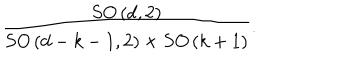
LaTeX: \frac { S O \left( d , 2 \right) } { S O \left( d - k - 1 , 2 \right) \times S O \left( k + 1 \right) } .